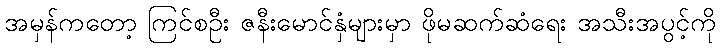
အမှန်ကတော့ ကြင်စဦး ဇနီးမောင်နှံများမှာ ဖိုမဆက်ဆံရေး အသီးအပွင့်ကို